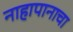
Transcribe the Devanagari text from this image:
नाहापानाचा